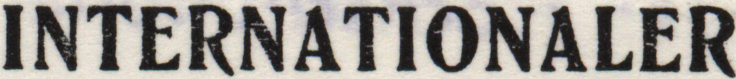
INTERNATIONALER